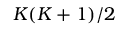
K ( K + 1 ) / 2